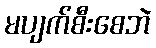
မပျက်စီးစေဘဲ